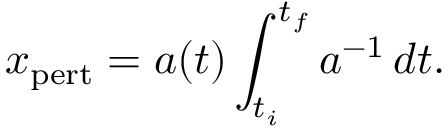
x _ { \mathrm { p e r t } } = a ( t ) \int _ { t _ { i } } ^ { t _ { f } } a ^ { - 1 } \, d t .